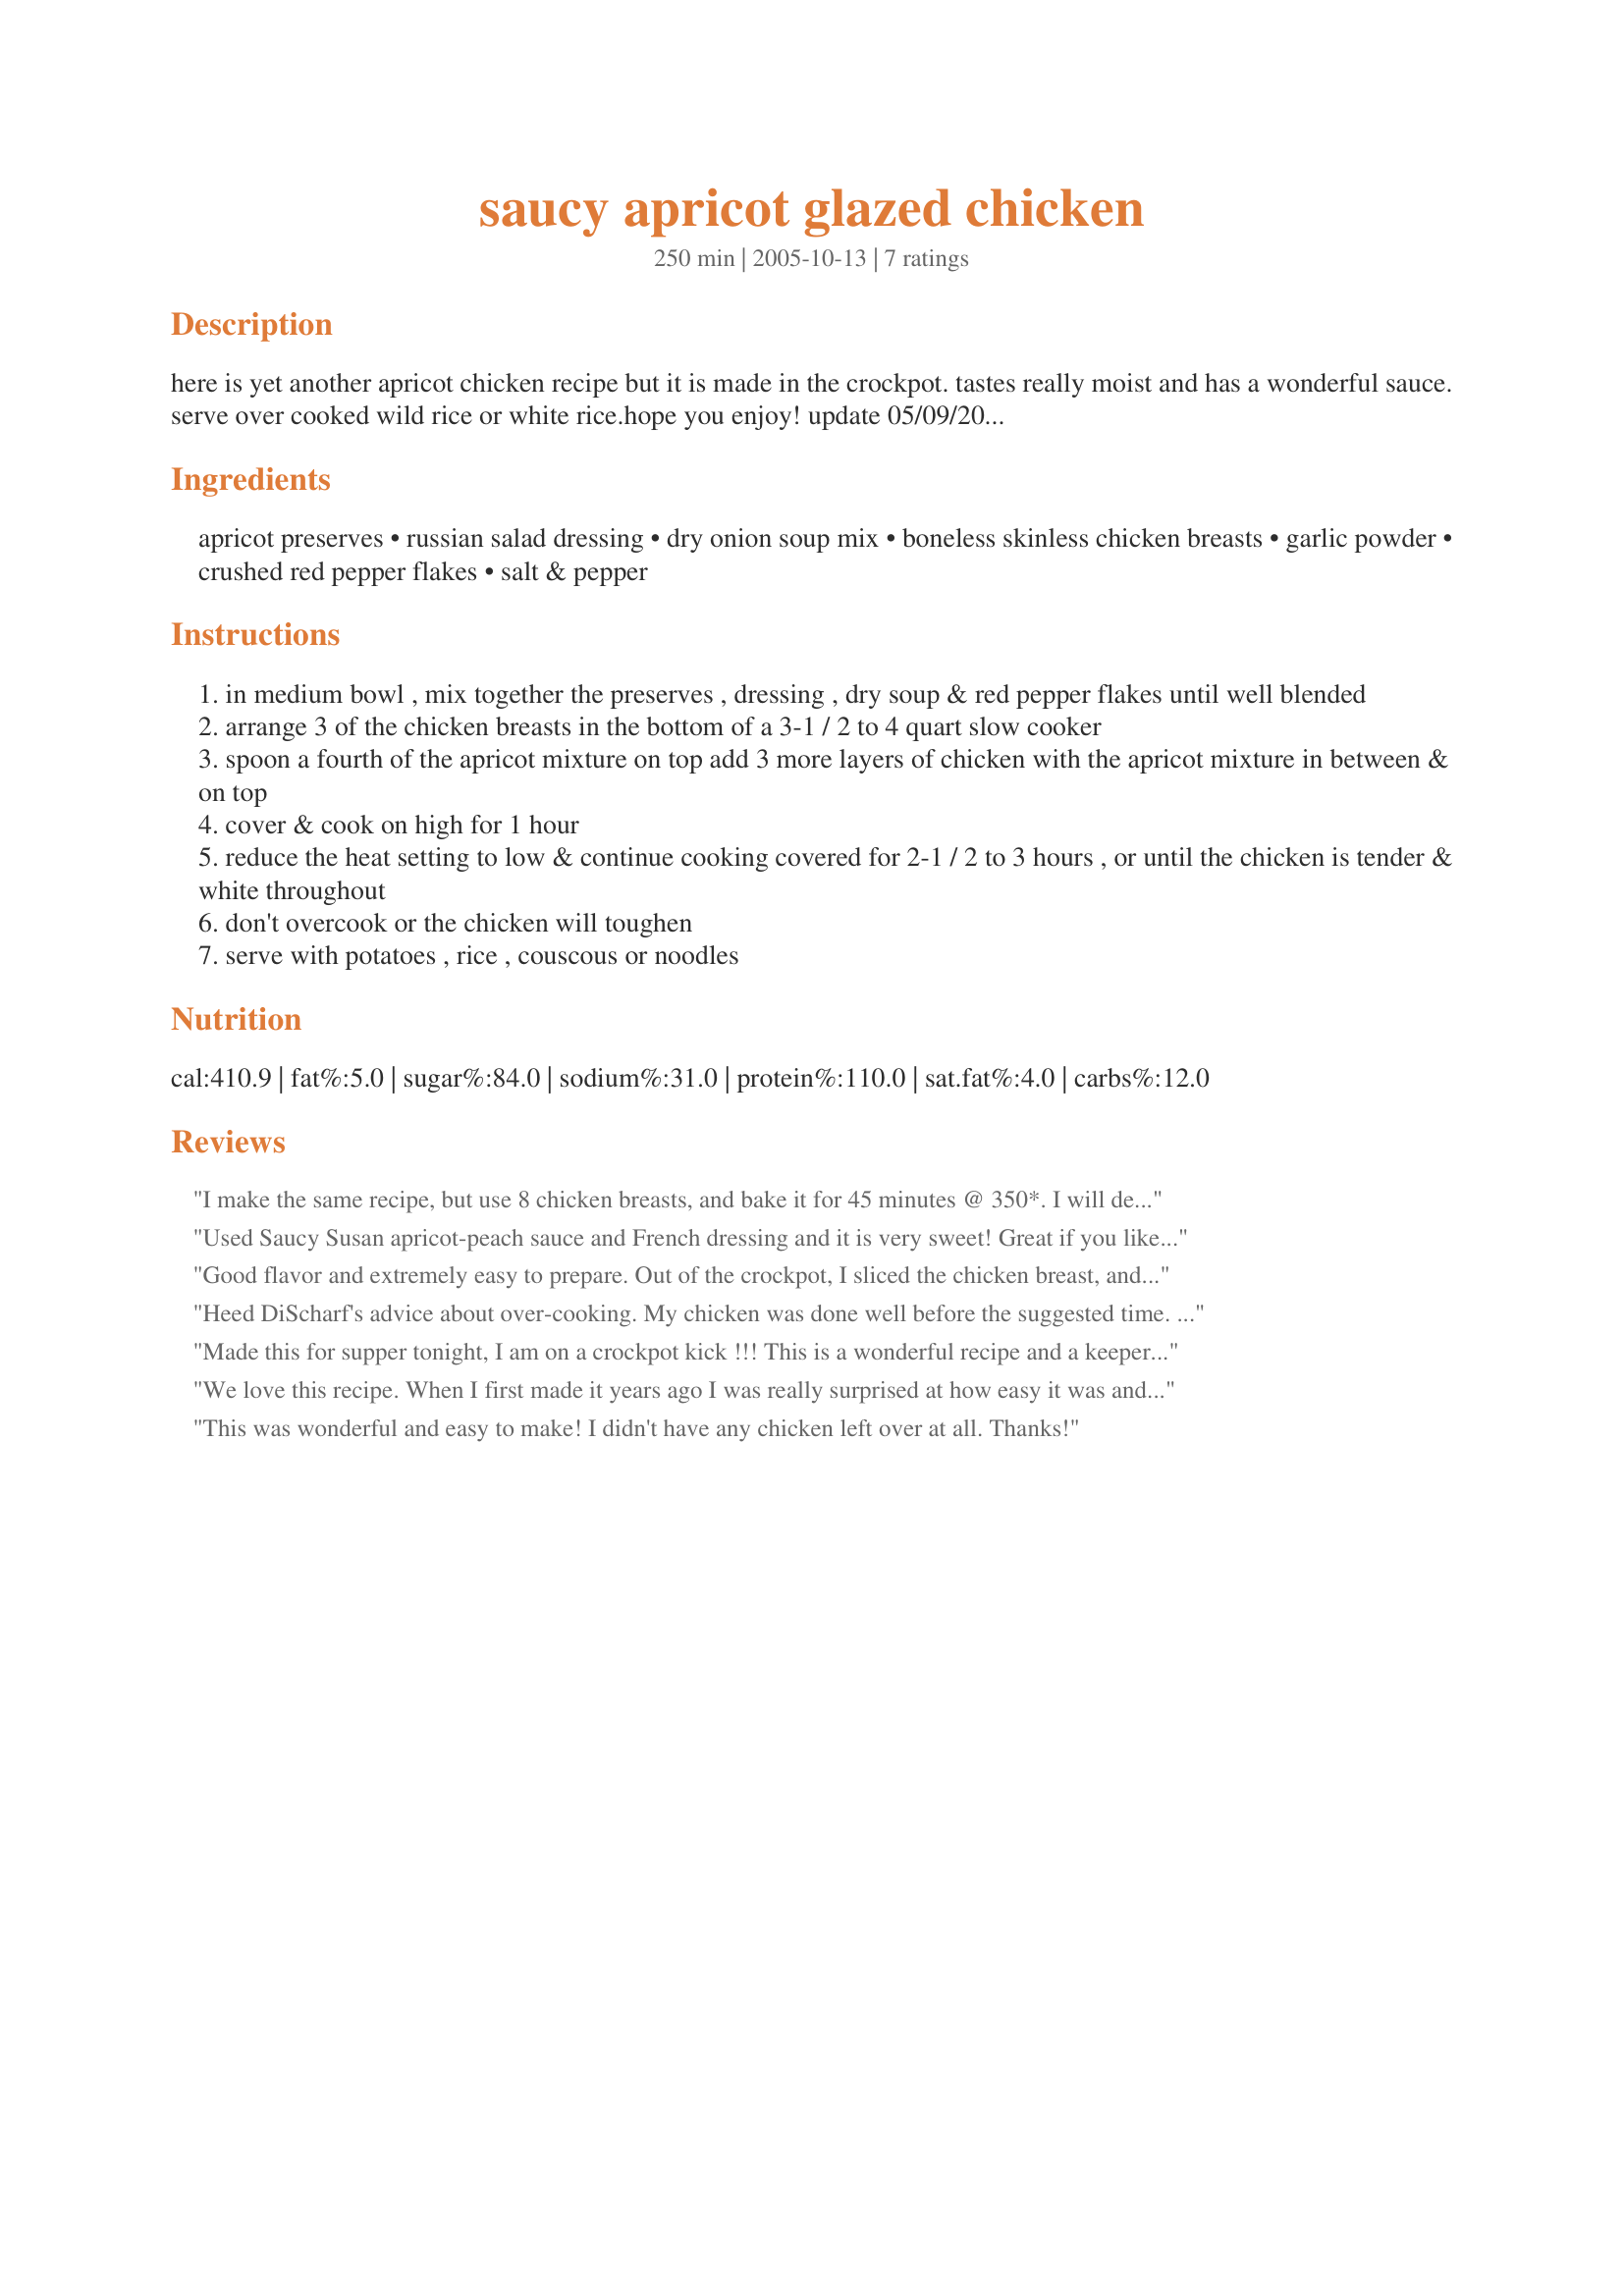
saucy apricot glazed chicken
Preparation time: 250 minutes

here is yet another apricot chicken recipe but it is made in the crockpot. tastes really moist and has a wonderful sauce. serve over cooked wild rice or white rice.hope you enjoy! update 05/09/2009 - hi there, i wanted to let you know - that i have used different fruits when making this and i always end up with the apricot preserve!

Ingredients:
apricot preserves, russian salad dressing, dry onion soup mix, boneless skinless chicken breasts, garlic powder, crushed red pepper flakes, salt & pepper

Steps:
in medium bowl , mix together the preserves , dressing , dry soup & red pepper flakes until well blended
arrange 3 of the chicken breasts in the bottom of a 3-1 / 2 to 4 quart slow cooker
spoon a fourth of the apricot mixture on top add 3 more layers of chicken with the apricot mixture in between & on top
cover & cook on high for 1 hour
reduce the heat setting to low & continue cooking covered for 2-1 / 2 to 3 hours , or until the chicken is tender & white throughout
don't overcook or the chicken will toughen
serve with potatoes , rice , couscous or noodles

Reviews:
I make the same recipe, but use 8 chicken breasts, and bake it for 45 minutes @ 350*. I will definitely try your crockpot version!
Used Saucy Susan apricot-peach sauce and French dressing and it is very sweet! Great if you like sweet flavored chicken with a little tang. Real kid pleaser.
Good flavor and extremely easy to prepare. Out of the crockpot, I sliced the chicken breast, and served with mashed potatoes, with the sauce drizzled over both the chicken and the potatoes.
Heed DiScharf's advice about over-cooking. My chicken was done well before the suggested time. We ate a little earlier than planned, but it was succulent and delicious! Thanks for such an easy recipe.
Made this for supper tonight, I am on a crockpot kick !!! This is a wonderful recipe and a keeper !!!! Thanks Di :)
We love this recipe. When I first made it years ago I was really surprised at how easy it was and yet how delicious. Sometimes I add pineapple to it if using pineapple/apricot preserves.
This was wonderful and easy to make! I didn't have any chicken left over at all. Thanks!
